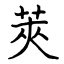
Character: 莢